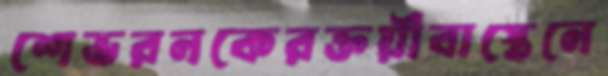
শেভরনকেরক্তয়ীবাস্তেনে